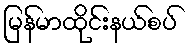
မြန်မာထိုင်းနယ်စပ်